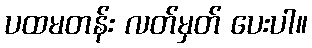
ပထမတန်း လတ်မှတ် ပေးပါ။